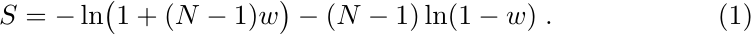
\begin{equation}
  S =  - \ln\bigl( 1+ (N-1) w \bigr) - (N-1) \ln(1 - w ) \; .
\end{equation}